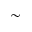
\sim